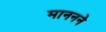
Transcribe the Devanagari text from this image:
माननने